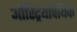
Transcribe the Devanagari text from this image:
ऑस्ट्रियोपैथिक